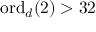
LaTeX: \mathrm { o r d } _ { d } ( 2 ) > 3 2